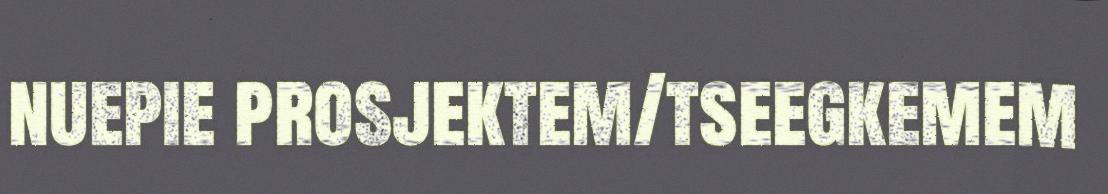
nuepie prosjektem/tseegkemem